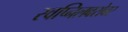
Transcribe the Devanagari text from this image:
स्वप्निलबरोबर